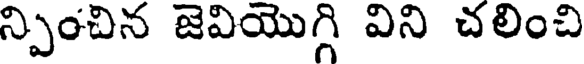
న్పించిన జెవియొగ్గి విని చలించి